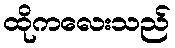
ထိုကလေးသည်